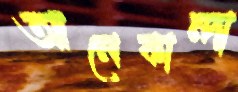
আলেকান্দা